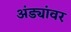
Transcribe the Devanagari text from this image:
अंड्यांवर